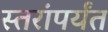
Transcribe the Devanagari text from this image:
स्तरांपर्यंत